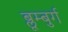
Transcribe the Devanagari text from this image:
ब्लूम्बुर्ग